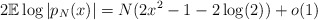
\begin{align*}2\mathbb{E}\log|p_{N}(x)| = N(2x^{2}-1-2\log(2))+o(1)\end{align*}